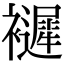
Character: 𧞽